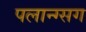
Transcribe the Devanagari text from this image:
पलान्ग्सग